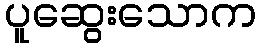
ပူဆွေးသောက